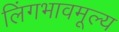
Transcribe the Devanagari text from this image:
लिंगभावमूल्य